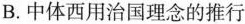
B.中体西用治国理念的推行